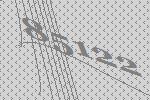
85122